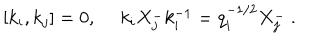
LaTeX: [ k _ { i } , k _ { j } ] = 0 , ~ ~ k _ { i } X _ { j } ^ { - } k _ { i } ^ { - 1 } = q _ { i } ^ { - 1 / 2 } X _ { j } ^ { - } ~ .